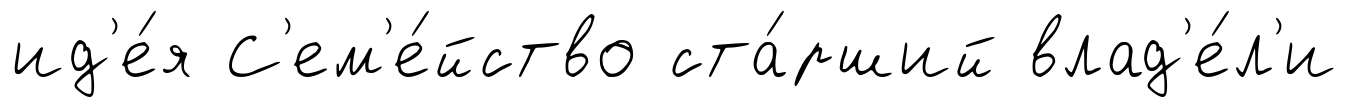
ид'е́я С'ем'е́йство ста́рший влад'е́л'и